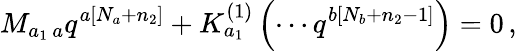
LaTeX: M_{a_{1}\, a}q^{a\left[N_{a}+n_{2}\right]}+K_{a_{1}}^{\left(1\right)}\left(\cdots q^{b\left[N_{b}+n_{2}-1\right]}\right)=0\, ,